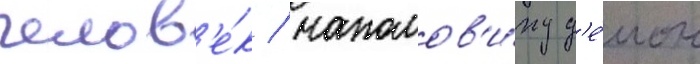
челов'е́к / наполов'и́ну д'е́мон